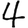
Digit: 4